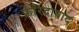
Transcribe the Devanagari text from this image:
फ़रिदाबाद